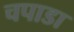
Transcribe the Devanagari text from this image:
चपाडा